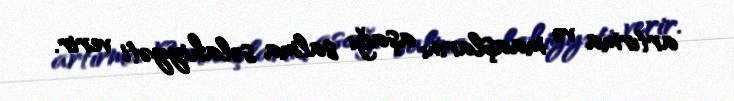
artırma və maaşlarını aşağı salma səlahiyyəti verir.